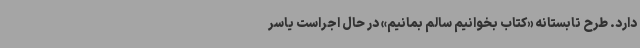
دارد.‌ طرح تابستانه «کتاب بخوانیم سالم بمانیم» در حال اجراست یاسر